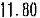
11.80